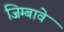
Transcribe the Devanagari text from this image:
जिम्बावे